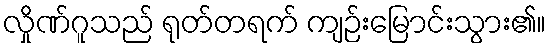
လှိုဏ်ဂူသည် ရုတ်တရက် ကျဉ်းမြောင်းသွား၏။